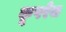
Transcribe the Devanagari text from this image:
कूपरेज